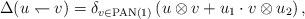
LaTeX: \begin{align*} \Delta (u \leftharpoondown v) = \delta_{v \in \operatorname{PAN}(1)} \left(u \otimes v + u_1 \cdot v \otimes u_2 \right), \end{align*}